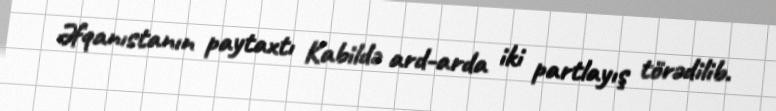
Əfqanıstanın paytaxtı Kabildə ard-arda iki partlayış törədilib.